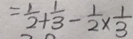
= \frac { 1 } { 2 } + \frac { 1 } { 3 } - \frac { 1 } { 2 } \times \frac { 1 } { 3 }